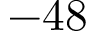
- 4 8